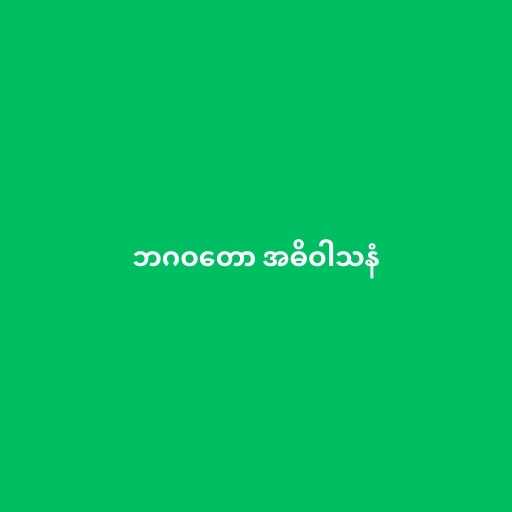
ဘဂဝတော အဓိဝါသနံ